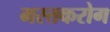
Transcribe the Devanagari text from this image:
मस्तकरोग